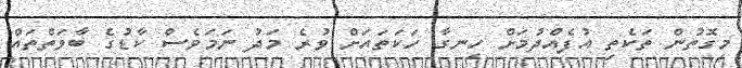
މިގޮތުން ތަކެތި އުފެއްދުމަށް ހިނގާ ހަކަތައަށް ވުރެ މަދު ނަމަވެސް ކާޑުގެ ބާވަތްތައް